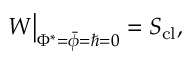
W \big | _ { \Phi ^ { * } = \bar { \phi } = \hbar = 0 } = S _ { \mathrm { c l } } ,